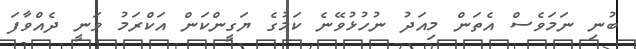
ބުނި ނަމަވެސް އެތަން މިއަދު ނުހުޅުވޭނެ ކަމުގެ ޔަގީންކަން އަކްރަމު ވަނީ ދެއްވާފަ